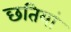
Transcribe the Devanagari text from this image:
छतियां